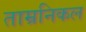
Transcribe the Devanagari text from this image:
ताम्रनिकल